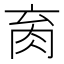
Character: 𰮑